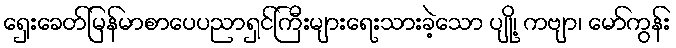
ရှေးခေတ်မြန်မာစာပေပညာရှင်ကြီးများရေးသားခဲ့သော ပျို့၊ ကဗျာ၊ မော်ကွန်း